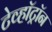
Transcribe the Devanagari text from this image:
टेव्हॉट्रॉन